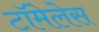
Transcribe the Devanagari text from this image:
टॉमेलेस